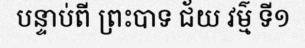
បន្ទាប់ពី ព្រះបាទ ជ័យ វម៌្ម ទី១